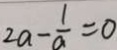
2 a - \frac { 1 } { a } = 0